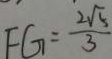
F G = \frac { 2 \sqrt { 5 } } { 3 }